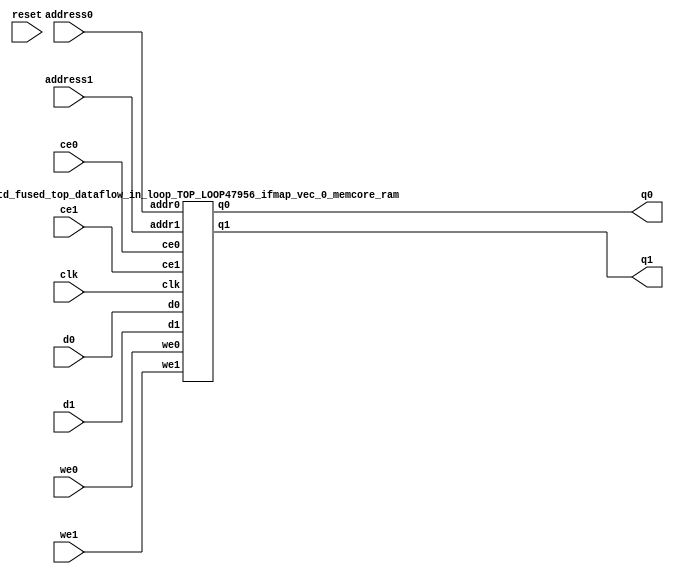
`define EXPONENT 5
`define MANTISSA 10
`define ACTUAL_MANTISSA 11
`define EXPONENT_LSB 10
`define EXPONENT_MSB 14
`define MANTISSA_LSB 0
`define MANTISSA_MSB 9
`define MANTISSA_MUL_SPLIT_LSB 3
`define MANTISSA_MUL_SPLIT_MSB 9
`define SIGN 1
`define SIGN_LOC 15
`define DWIDTH (`SIGN+`EXPONENT+`MANTISSA)
`define IEEE_COMPLIANCE 1

module td_fused_top_dataflow_in_loop_TOP_LOOP47956_ifmap_vec_0_memcore(
    reset,
    clk,
    address0,
    ce0,
    we0,
    d0,
    q0,
    address1,
    ce1,
    we1,
    d1,
    q1);

parameter DataWidth = 32'd16;
parameter AddressRange = 32'd288;
parameter AddressWidth = 32'd9;
input reset;
input clk;
input[AddressWidth - 1:0] address0;
input ce0;
input we0;
input[DataWidth - 1:0] d0;
output[DataWidth - 1:0] q0;
input[AddressWidth - 1:0] address1;
input ce1;
input we1;
input[DataWidth - 1:0] d1;
output[DataWidth - 1:0] q1;



td_fused_top_dataflow_in_loop_TOP_LOOP47956_ifmap_vec_0_memcore_ram td_fused_top_dataflow_in_loop_TOP_LOOP47956_ifmap_vec_0_memcore_ram_U(
    .clk( clk ),
    .addr0( address0 ),
    .ce0( ce0 ),
    .we0( we0 ),
    .d0( d0 ),
    .q0( q0 ),
    .addr1( address1 ),
    .ce1( ce1 ),
    .we1( we1 ),
    .d1( d1 ),
    .q1( q1 )
);

endmodule
module td_fused_top_dataflow_in_loop_TOP_LOOP47956_ifmap_vec_0_memcore_ram (addr0, ce0, d0, we0, q0, addr1, ce1, d1, we1, q1,  clk);

parameter DWIDTH = 16;
parameter AWIDTH = 9;
parameter MEM_SIZE = 288;

input[AWIDTH-1:0] addr0;
input ce0;
input[DWIDTH-1:0] d0;
input we0;
output reg[DWIDTH-1:0] q0;
input[AWIDTH-1:0] addr1;
input ce1;
input[DWIDTH-1:0] d1;
input we1;
output reg[DWIDTH-1:0] q1;
input clk;

reg [DWIDTH-1:0] ram[MEM_SIZE-1:0];




always @(posedge clk)  
begin 
    if (ce0) begin
        if (we0) 
            ram[addr0] <= d0; 
        q0 <= ram[addr0];
    end
end


always @(posedge clk)  
begin 
    if (ce1) begin
        if (we1) 
            ram[addr1] <= d1; 
        q1 <= ram[addr1];
    end
end


endmodule